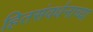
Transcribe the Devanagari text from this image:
हितसंवर्धनाच्या